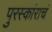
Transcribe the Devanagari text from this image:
पुरस्कांराचं